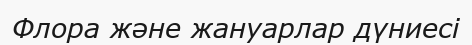
Флора және жануарлар дүниесі